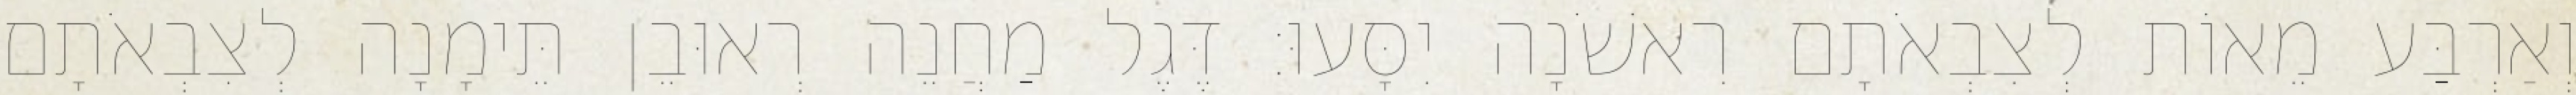
וְאַרְבַּע מֵאוֹת לְצִבְאֹתָם רִאשֹׁנָה יִסָּעוּ׃ דֶּגֶל מַחֲנֵה רְאוּבֵן תֵּימָנָה לְצִבְאֹתָם